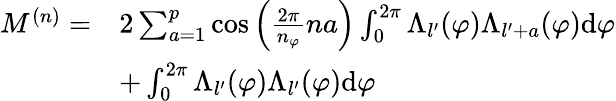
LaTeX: \begin{array}{rl}{M^{(n)}=}&{2\sum_{a=1}^{p}\cos\left(\frac{2\pi}{n_{\varphi}}na\right)\int_{0}^{2\pi}\Lambda_{l^{\prime}}(\varphi)\Lambda_{l^{\prime}+a}(\varphi)\mathrm{d}{\varphi}}\\ &{+\int_{0}^{2\pi}\Lambda_{l^{\prime}}(\varphi)\Lambda_{l^{\prime}}(\varphi)\mathrm{d}{\varphi}}\end{array}